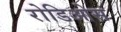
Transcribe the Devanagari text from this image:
रोडिओस